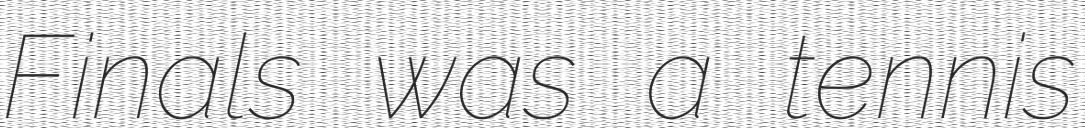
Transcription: Finals was a tennis